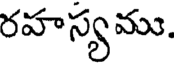
రహస్యము.